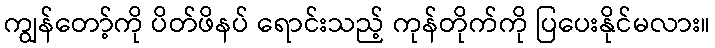
ကျွန်တော့်ကို ပိတ်ဖိနပ် ရောင်းသည့် ကုန်တိုက်ကို ပြပေးနိုင်မလား။